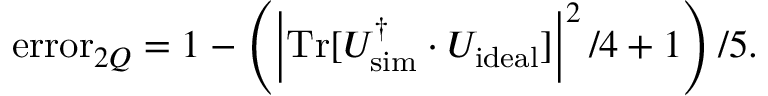
\mathrm { e r r o r } _ { 2 Q } = 1 - \left( \left\vert \mathrm { T r } [ U _ { \mathrm { s i m } } ^ { \dagger } \cdot U _ { \mathrm { i d e a l } } ] \right\vert ^ { 2 } / 4 + 1 \right) / 5 .